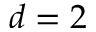
d = 2